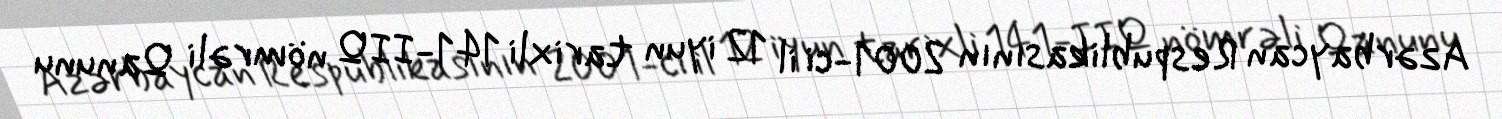
Azərbaycan Respublikasının 2001-ci il 12 iyun tarixli 141-IIQ nömrəli Qanunu